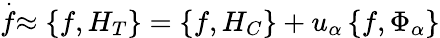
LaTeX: \stackrel{.}{f}\approx\left\{ f,H_{T}\right\} =\left\{ f,H_{C}\right\} +u_{\alpha}\left\{ f,\Phi_{\alpha}\right\}